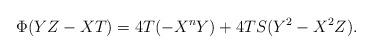
LaTeX: \begin{align*}\Phi(YZ-XT)=4T(-X^{n}Y)+4TS(Y^{2}-X^{2}Z).\end{align*}